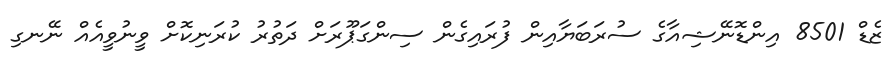
ޒެޑް 8501 އިންޑޮނޭޝިއާގެ ސުރަބަޔާއިން ފުރައިގެން ސިންގަޕޫރަށް ދަތުރު ކުރަނިކޮށް ވީނުވީއެއް ނޭނގި